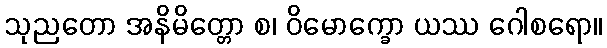
သုညတော အနိမိတ္တော စ၊ ဝိမောက္ခော ယဿ ဂေါစရော။